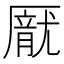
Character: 𪠙